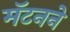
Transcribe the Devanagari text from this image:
मॅटनने